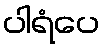
ပါရံပေ